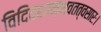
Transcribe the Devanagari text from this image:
विदिवशाम्भवतत्वसारः।